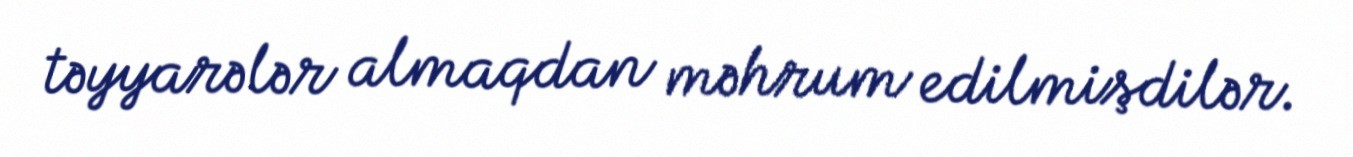
təyyarələr almaqdan məhrum edilmişdilər.